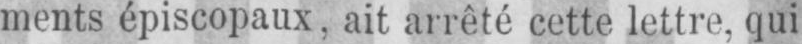
ments épiscopaux, ait arrêté cette lettre, qui